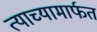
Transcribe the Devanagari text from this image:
त्याच्यामार्फत